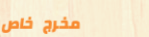
مخرج خاص